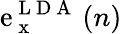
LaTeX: \mathrm{e}_{\mathrm{{~x~}}}^{\mathrm{{~L~D~A~}}}\left(n\right)